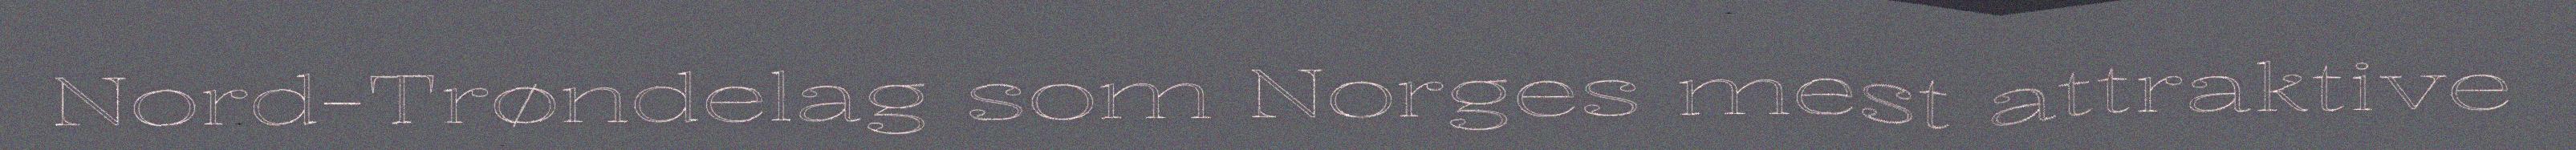
Nord-Trøndelag som Norges mest attraktive